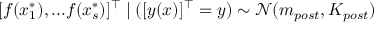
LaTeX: [ f ( x _ { 1 } ^ { * } ) , . . . f ( x _ { s } ^ { * } ) ] ^ { \intercal } \mid ( [ y ( x ) ] ^ { \intercal } = y ) \sim { \mathcal { N } } ( m _ { p o s t } , K _ { p o s t } )